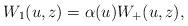
LaTeX: \begin{gather*}W_1(u,z)=\alpha(u)W_+(u,z),\end{gather*}